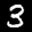
Label: 3